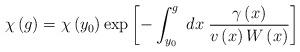
LaTeX: \begin{align*}\chi \left( g\right) =\chi \left( y_{0}\right) \exp \left[-\int_{y_{0}}^{g}\;dx\;\frac{\gamma \left( x\right) }{v\left( x\right)W\left( x\right) }\right] \end{align*}